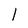
Character: 1